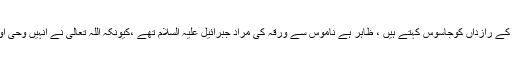
ایک قول کے مطابق ’’اُمورِ خیر کے رازداں ‘‘کو ناموس اور اُمورِ شَر کے رازداں کوجاسوس کہتے ہیں ، ظاہر ہے ناموس سے وَرَقہ کی مراد جبرائیل علیہ السلام تھے ،کیونکہ اللہ تعالیٰ نے اُنہیں وحی اور غیب کے اُن امور پر مطلع کیاتھا ، جن پر دوسرے مُطلَع نہیں تھے ۔